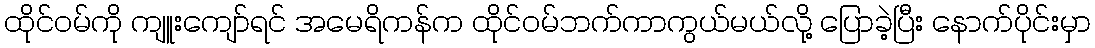
ထိုင်ဝမ်ကို ကျူးကျော်ရင် အမေရိကန်က ထိုင်ဝမ်ဘက်ကာကွယ်မယ်လို့ ပြောခဲ့ပြီး နောက်ပိုင်းမှာ